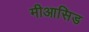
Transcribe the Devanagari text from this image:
मीआसिड